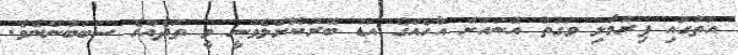
އަތުގައި ފިރުމާލި ވަގުތު އޭނައަށް އާހެއްގެ އަޑު ބޭރުކޮށްލެވުނީ ވީ ތަދެއްގެ ސަބަބުންނެވެ.